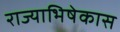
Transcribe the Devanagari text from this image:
राज्याभिषेकास